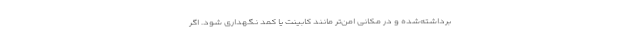
برداشته‌شده و در مکانی امن‌تر مانند کابینت یا کمد نگهداری شود. اگر